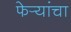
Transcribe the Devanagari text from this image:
फेर्‍यांचा